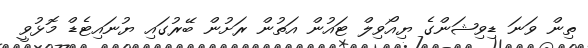
ތިން ވަނަ ޑިވިޝަންގެ ޔިއޯވިލް ޓައުން އަތުން ރަށުން ބޭރުގައި ޔުނައިޓެޑް މޮޅުވީ